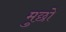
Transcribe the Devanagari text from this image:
मुछो